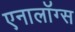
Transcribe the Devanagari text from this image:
एनालॉग्स